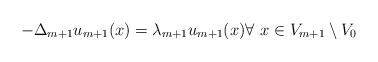
LaTeX: \begin{align*}-\Delta_{m+1} u_{m+1}(x) = \lambda_{m+1}u_{m+1}(x)\forall \ x\in V_{m+1}\setminus V_0\end{align*}